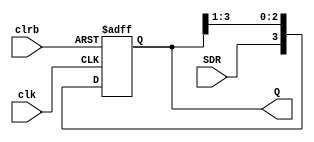
module Rshiftregister(input clk, input clrb, input SDR, output reg [3:0]Q);
//serial in, parallel out
always @ (posedge(clk), negedge(clrb))

if (~clrb) 
    Q<=4'b0000;
else 
    Q<={SDR, Q[3:1]};
endmodule


module testRshiftregister; 
reg clk,clrb,SDR;
wire [3:0]Q;

Rshiftregister RS(clk, clrb, SDR, Q );
initial
begin  
$dumpfile("nidhish.vcd");
$dumpvars(0, testRshiftregister);
clk=1;
clrb=0;  
SDR=1;    
#10 
clrb=1;
SDR=1;
#15
SDR=0;   
#20 
$finish;
end
//initial and always run in parallel and starts its execution at 0ns
always #5 clk=~clk;
endmodule